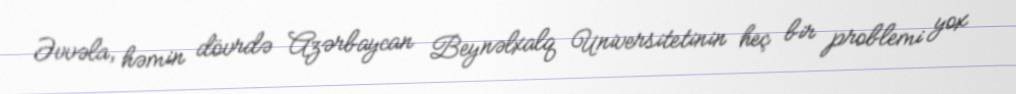
Əvvəla, həmin dövrdə Azərbaycan Beynəlxalq Universitetinin heç bir problemi yox